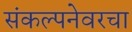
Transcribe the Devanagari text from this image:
संकल्पनेवरचा